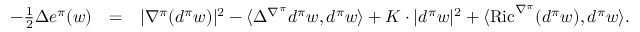
\begin{array} { r l r } { - \frac { 1 } { 2 } \Delta e ^ { \pi } ( w ) } & { = } & { | \nabla ^ { \pi } ( d ^ { \pi } w ) | ^ { 2 } - \langle \Delta ^ { \nabla ^ { \pi } } d ^ { \pi } w , d ^ { \pi } w \rangle + K \cdot | d ^ { \pi } w | ^ { 2 } + \langle \operatorname { R i c } ^ { \nabla ^ { \pi } } ( d ^ { \pi } w ) , d ^ { \pi } w \rangle . } \\ & { } & \end{array}